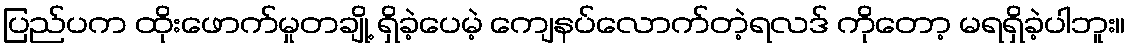
ပြည်ပက ထိုးဖောက်မှုတချို့ ရှိခဲ့ပေမဲ့ ကျေနပ်လောက်တဲ့ရလဒ် ကိုတော့ မရရှိခဲ့ပါဘူး။